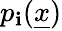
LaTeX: p_{\mathbf{i}}(\underline{{{x}}})